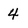
Character: 4